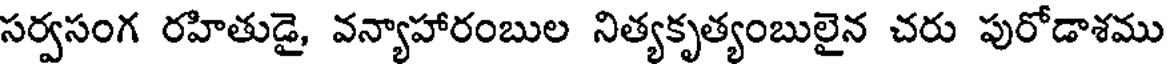
సర్వసంగ రహితుడై, వన్యాహారంబుల నిత్యకృత్యంబులైన చరు పురోడాశము